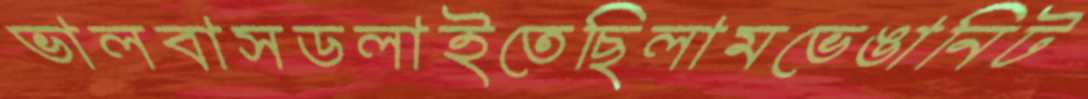
ভালবাসডলাইতেছিলামভেঙানিট